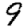
Digit: 9